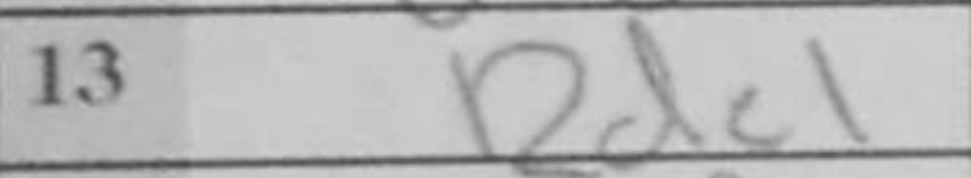
Transcription: Rde1